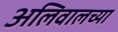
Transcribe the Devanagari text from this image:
अलिवालच्या